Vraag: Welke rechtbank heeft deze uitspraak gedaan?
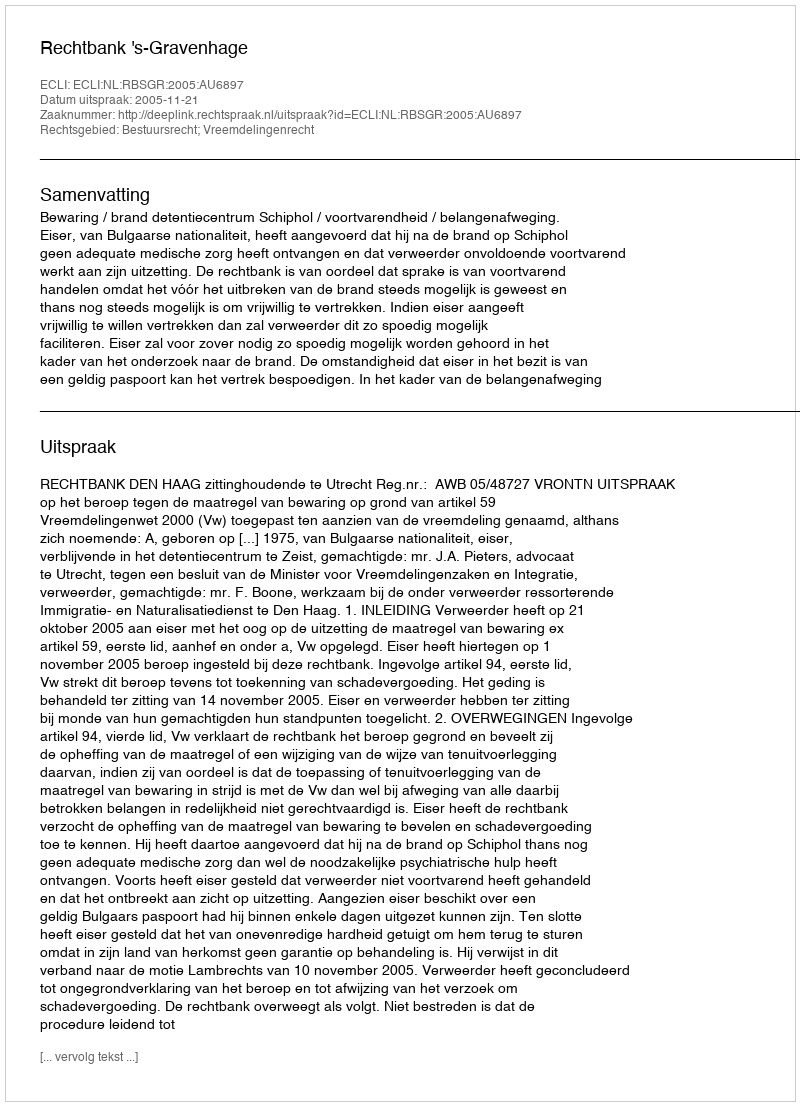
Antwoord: Rechtbank 's-Gravenhage